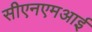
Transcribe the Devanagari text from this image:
सीएनएमआई